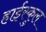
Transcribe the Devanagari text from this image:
हाईस्कुल